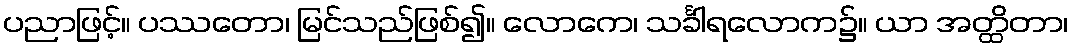
ပညာဖြင့်။ ပဿတော၊ မြင်သည်ဖြစ်၍။ လောကေ၊ သင်္ခါရလောက၌။ ယာ အတ္ထိတာ၊